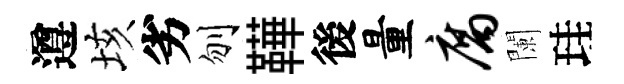
遵垓劣刎鞾後量腐闌珪